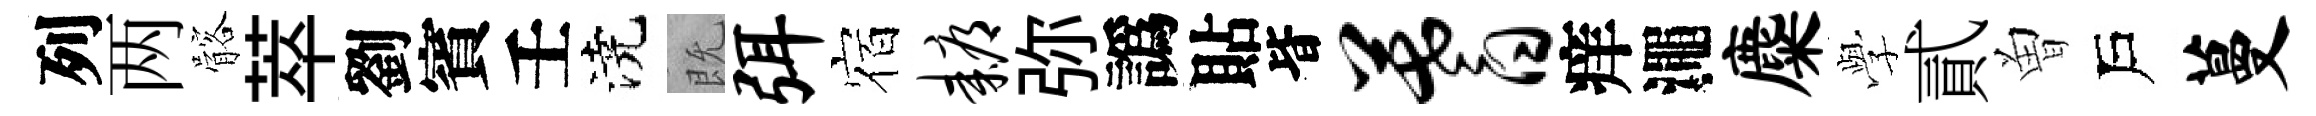
列两髂萃劉賓壬澆既弭宿耨弥譌貼𣅜蓍痒澠麋𫝯貳曽戶蔓